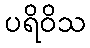
ပရိဝိသ